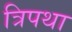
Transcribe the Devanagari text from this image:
त्रिपथा